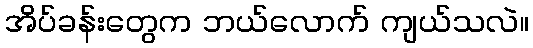
အိပ်ခန်းတွေက ဘယ်လောက် ကျယ်သလဲ။